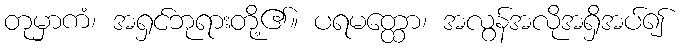
တုမှာကံ၊ အရှင်ဘုရားတို့၏။ ပရမတ္ထော၊ အလွန်အလိုအရှိအပ်၍